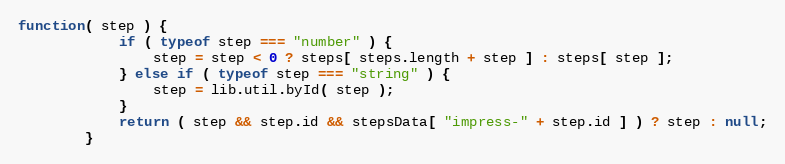
Language: JavaScript
function( step ) {
            if ( typeof step === "number" ) {
                step = step < 0 ? steps[ steps.length + step ] : steps[ step ];
            } else if ( typeof step === "string" ) {
                step = lib.util.byId( step );
            }
            return ( step && step.id && stepsData[ "impress-" + step.id ] ) ? step : null;
        }